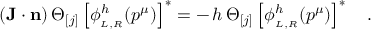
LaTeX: ( { \bf J } \cdot { \bf n } ) \, \Theta _ { [ j ] } \left[ \phi _ { _ { L , R } } ^ { h } ( p ^ { \mu } ) \right] ^ { * } = - \, h \, \Theta _ { [ j ] } \left[ \phi _ { _ { L , R } } ^ { h } ( p ^ { \mu } ) \right] ^ { * } \quad .